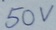
Text: 50V